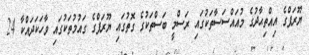
ޔޫރަޕްގެ އިއްތިޙާދުގެ މުއައްސަސާތަކުގައި ރަސްމީ ބަސްތަކުގެ ގޮތުގައި ޔޫރަޕްގެ ގައުމުތަކުގައި ވާހަކަދައްކާ 24